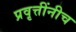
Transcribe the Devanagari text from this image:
प्रवृत्तींनीच